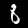
Label: 8